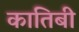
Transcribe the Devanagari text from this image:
कातिबी